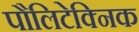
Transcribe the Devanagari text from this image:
पौलिटेक्निक